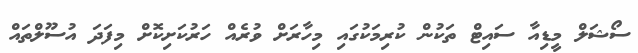
ސޯޝަލް މީޑިއާ ސައިޓް ތަކުން ކުރިމަކުގައި މިހާރަށް ވުރެއް ހަރުކަށިކޮށް މިފަދަ އުސޫލްތައް